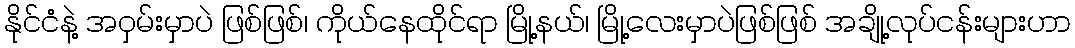
နိုင်ငံနဲ့ အဝှမ်းမှာပဲ ဖြစ်ဖြစ်၊ ကိုယ်နေထိုင်ရာ မြို့နယ်၊ မြို့လေးမှာပဲဖြစ်ဖြစ် အချို့လုပ်ငန်းများဟာ